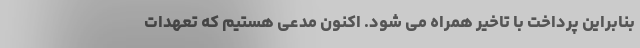
بنابراین پرداخت با تاخیر همراه می شود. اکنون مدعی هستیم که تعهدات